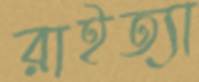
রাইত্যা